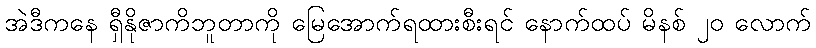
အဲဒီကနေ ရှီနိုဇာကိဘူတာကို မြေအောက်ရထားစီးရင် နောက်ထပ် မိနစ် ၂၀ လောက်